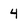
Character: 4